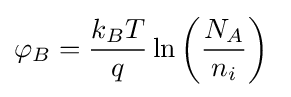
\varphi _{B}={\frac {k_{B}T}{q}}\ln \left({\frac {N_{A}}{n_{i}}}\right)\